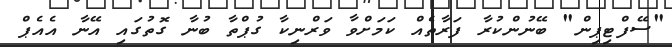
"ސޭފްޓިޕިން" ބޭނުންކުރާ ފަރާތެއް ކަމަށްވާ ވަރްނިކާ ގުޕްތާ ބުނާ ގޮތުގައި އޭނާ އެއެޕް